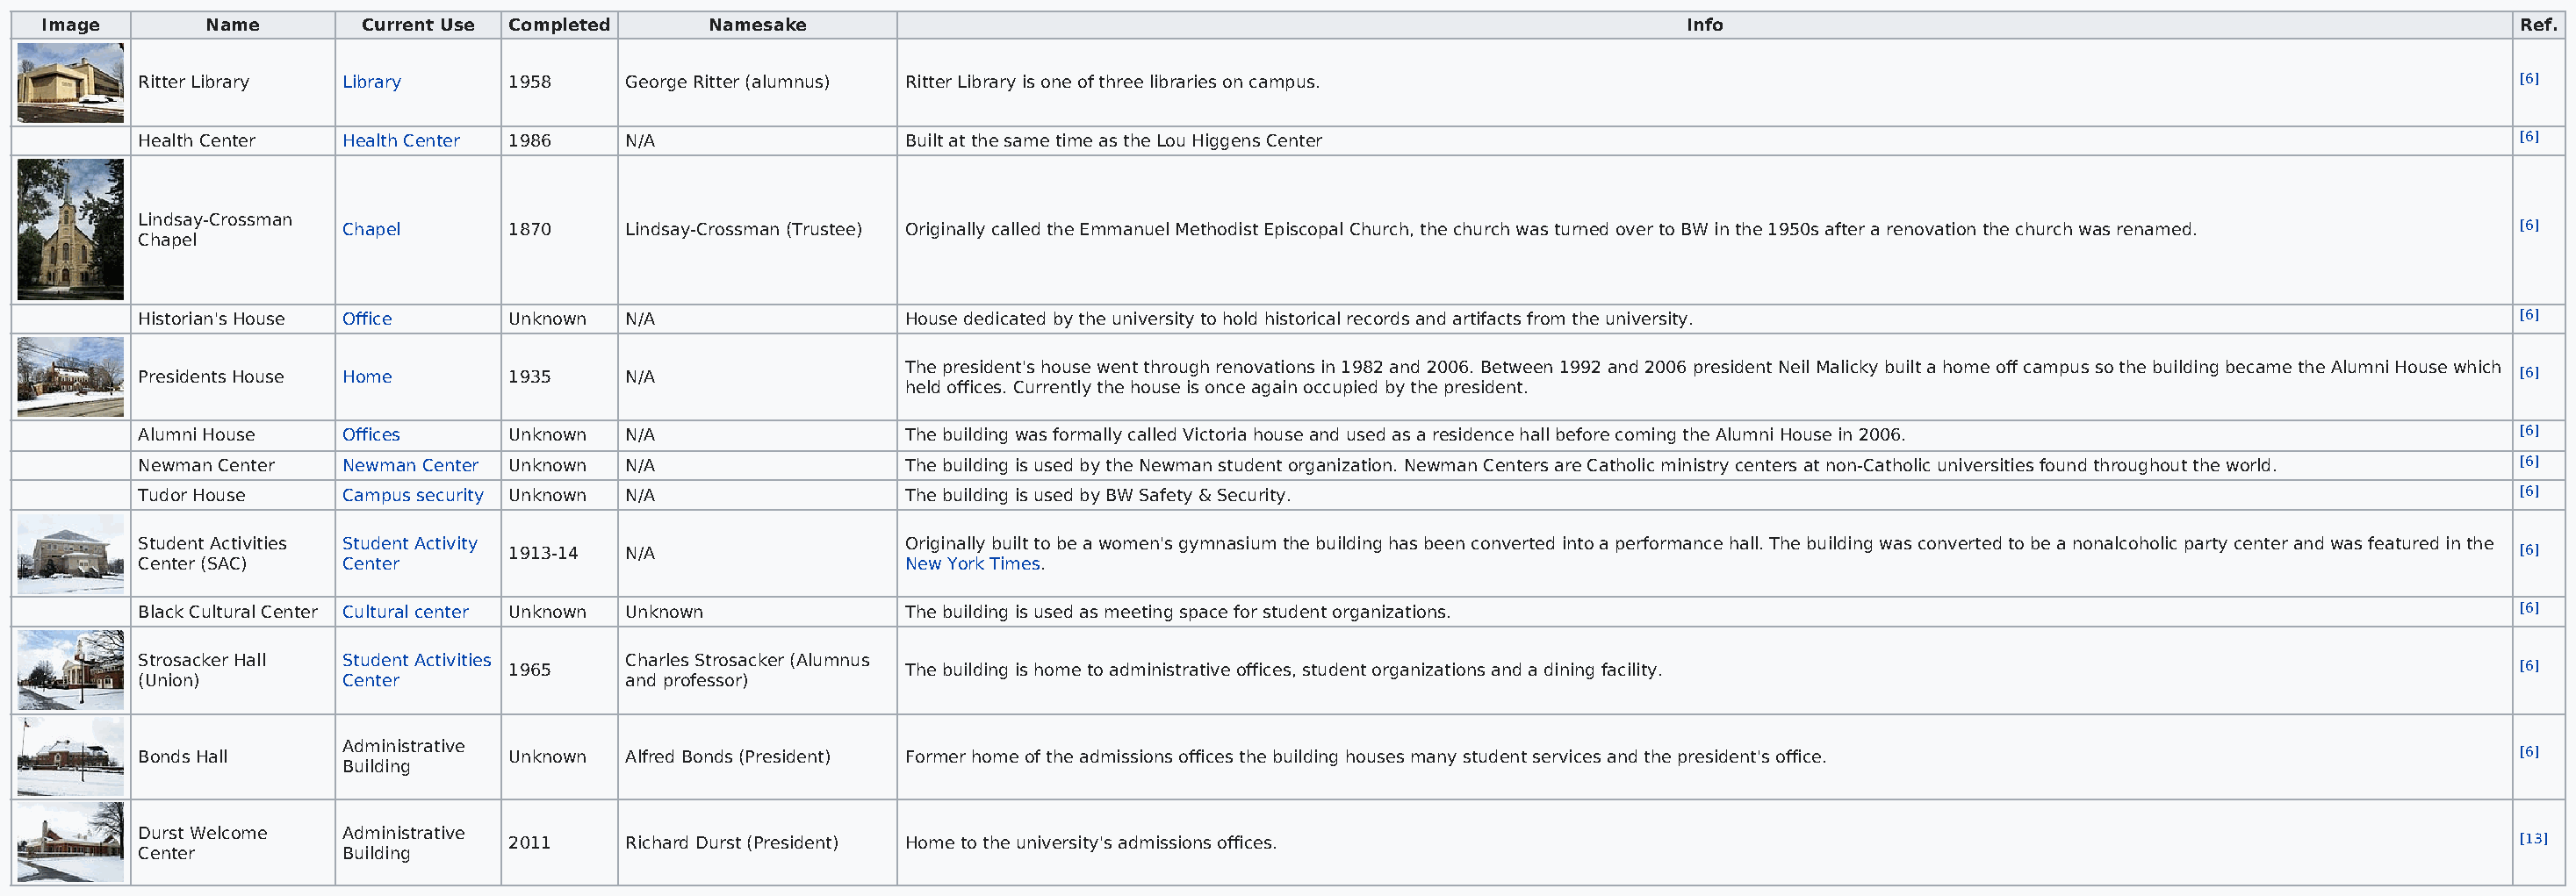
Image        Name       Current Use Completed     Namesake                                                                  Info                                                           Ref.
 Ritter Library  Library     1958     George Ritter (alumnus) Ritter Library is one of three libraries on campus.                                                                    [6]
 Health Center   Health Center 1986   N/A                  Built at the same time as the Lou Higgens Center                                                                          [6]
 Lindsay-Crossman
 Chapel      1870     Lindsay-Crossman (Trustee) Originally called the Emmanuel Methodist Episcopal Church, the church was turned over to BW in the 1950s after a renovation the church was renamed. [6]
 Chapel
 Historian's House Office    Unknown  N/A                  House dedicated by the university to hold historical records and artifacts from the university.                           [6]
 The president's house went through renovations in 1982 and 2006. Between 1992 and 2006 president Neil Malicky built a home off campus so the building became the Alumni House which
 Presidents House Home       1935     N/A                                                                                                                                            [6]
 held offices. Currently the house is once again occupied by the president.
 Alumni House    Offices     Unknown  N/A                  The building was formally called Victoria house and used as a residence hall before coming the Alumni House in 2006.      [6]
 Newman Center   Newman Center Unknown N/A                 The building is used by the Newman student organization. Newman Centers are Catholic ministry centers at non-Catholic universities found throughout the world. [6]
 Tudor House     Campus security Unknown N/A               The building is used by BW Safety & Security.                                                                             [6]
 Student Activities Student Activity                       Originally built to be a women's gymnasium the building has been converted into a performance hall. The building was converted to be a nonalcoholic party center and was featured in the
 1913-14  N/A                                                                                                                                            [6]
 Center (SAC)    Center                                    New York Times.
 Black Cultural Center Cultural center Unknown Unknown     The building is used as meeting space for student organizations.                                                          [6]
 Strosacker Hall Student Activities   Charles Strosacker (Alumnus
 1965                          The building is home to administrative offices, student organizations and a dining facility.                              [6]
 (Union)         Center               and professor)
 Administrative
 Bonds Hall                  Unknown  Alfred Bonds (President) Former home of the admissions offices the building houses many student services and the president's office.           [6]
 Building
 Durst Welcome   Administrative
 2011     Richard Durst (President) Home to the university's admissions offices.                                                                         [13]
 Center          Building